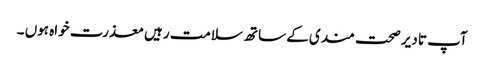
آپ تا دیر صحت مندی کے ساتھ سلامت رہیں معذرت خواہ ہوں ۔